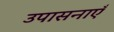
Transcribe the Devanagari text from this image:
उपासनाएँ